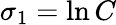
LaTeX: \sigma_{1}=\ln C